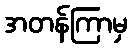
အတန်ကြာမှ